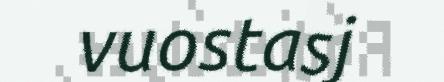
vuostasj